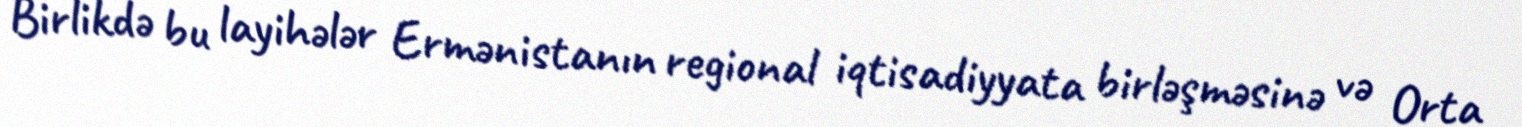
Birlikdə bu layihələr Ermənistanın regional iqtisadiyyata birləşməsinə və Orta